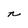
Character: n